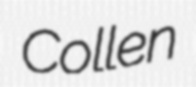
Collen